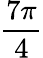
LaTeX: \frac{7\pi}{4}